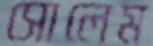
সোলেম